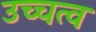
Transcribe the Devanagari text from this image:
उच्चत्व